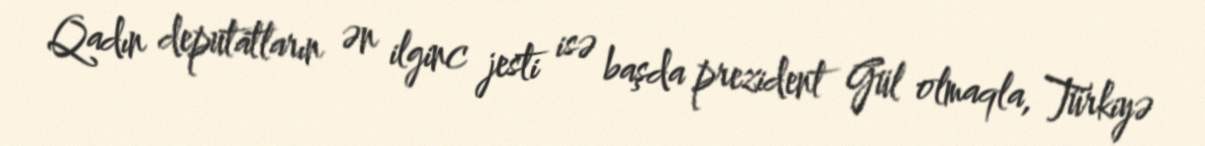
Qadın deputatların ən ilginc jesti isə başda prezident Gül olmaqla, Türkiyə